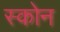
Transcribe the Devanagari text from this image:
स्कोन